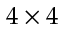
4 \times 4